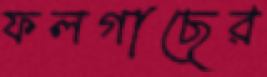
ফলগাছের